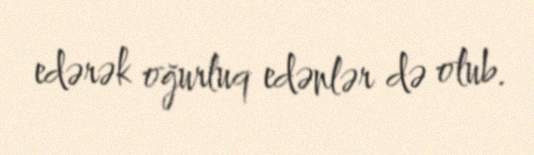
edərək oğurluq edənlər də olub.